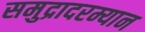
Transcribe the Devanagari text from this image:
समुद्रादरम्यान